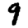
Digit: 9